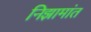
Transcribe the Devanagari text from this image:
निझामांत